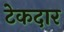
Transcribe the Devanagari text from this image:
टेकदार